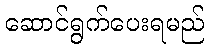
ဆောင်ရွက်ပေးရမည်